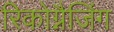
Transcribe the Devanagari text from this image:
रिकोग्नैजिंग